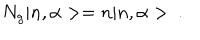
LaTeX: N _ { g } | n , \alpha > = n | n , \alpha > ~ .